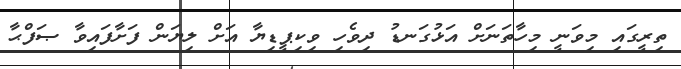
ތިރީގައި މިވަނީ މިހާތަނަށް އަޅުގަނޑު ދިވެހި ވިކިޕީޑިޔާ އަށް ލިޔަން ފަށާފައިވާ ޞަފްޙާ